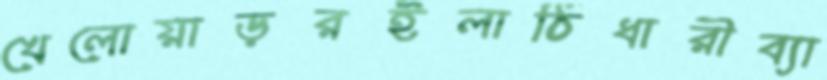
খেলোয়াড়রইলাঠিধারীব্যা